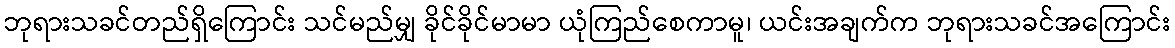
ဘုရားသခင်တည်ရှိကြောင်း သင်မည်မျှ ခိုင်ခိုင်မာမာ ယုံကြည်စေကာမူ၊ ယင်းအချက်က ဘုရားသခင်အကြောင်း